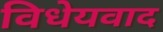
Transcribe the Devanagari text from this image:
विधेयवाद